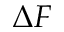
\Delta F